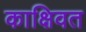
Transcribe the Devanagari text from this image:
काक्षिवत